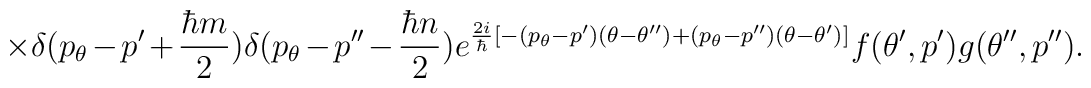
\times \delta (p_{\theta} - p' + \frac{\hbar m}{2} ) \delta(p_{\theta} - p'' - \frac{\hbar n}{2}  ) e^{\frac{2i}{\hbar}[-(p_{\theta} - p') (\theta - \theta '') + (p_{\theta} -p'')(\theta - \theta ')]}f(\theta ', p') g (\theta '', p'').